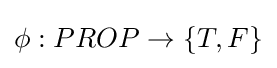
\phi :PROP\to \{T,F\}